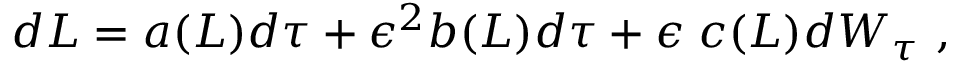
\begin{array} { r } { d L = a ( L ) d \tau + \epsilon ^ { 2 } b ( L ) d \tau + \epsilon \; c ( L ) d W _ { \tau } \ , } \end{array}